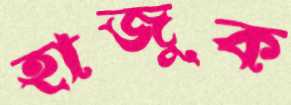
হাজুক